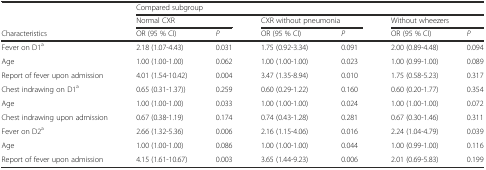
<table><thead><tr><td rowspan="2"></td><td colspan="6"><b>Compared subgroup</b></td></tr><tr><td colspan="2"><b>Normal CXR</b></td><td colspan="2"><b>CXR without pneumonia</b></td><td colspan="2"><b>Without wheezers</b></td></tr><tr><td><b>Characteristics</b></td><td><b>OR (95 % CI)</b></td><td><b><i>P</i></b></td><td><b>OR (95 % CI)</b></td><td><b><i>P</i></b></td><td><b>OR (95 % CI)</b></td><td><b><i>P</i></b></td></tr></thead><tbody><tr><td>Fever on D1<sup>a</sup></td><td>2.18 (1.07-4.43)</td><td>0.031</td><td>1.75 (0.92-3.34)</td><td>0.091</td><td>2.00 (0.89-4.48)</td><td>0.094</td></tr><tr><td>Age</td><td>1.00 (1.00-1.00)</td><td>0.062</td><td>1.00 (1.00-1.00)</td><td>0.023</td><td>1.00 (0.99-1.00)</td><td>0.089</td></tr><tr><td>Report of fever upon admission</td><td>4.01 (1.54-10.42)</td><td>0.004</td><td>3.47 (1.35-8.94)</td><td>0.010</td><td>1.75 (0.58-5.23)</td><td>0.317</td></tr><tr><td>Chest indrawing on D1<sup>a</sup></td><td>0.65 (0.31-1.37))</td><td>0.259</td><td>0.60 (0.29-1.22)</td><td>0.160</td><td>0.60 (0.20-1.77)</td><td>0.354</td></tr><tr><td>Age</td><td>1.00 (1.00-1.00)</td><td>0.033</td><td>1.00 (1.00-1.00)</td><td>0.024</td><td>1.00 (1.00-1.00)</td><td>0.072</td></tr><tr><td>Chest indrawing upon admission</td><td>0.67 (0.38-1.19)</td><td>0.174</td><td>0.74 (0.43-1.28)</td><td>0.281</td><td>0.67 (0.30-1.46)</td><td>0.311</td></tr><tr><td>Fever on D2<sup>a</sup></td><td>2.66 (1.32-5.36)</td><td>0.006</td><td>2.16 (1.15-4.06)</td><td>0.016</td><td>2.24 (1.04-4.79)</td><td>0.039</td></tr><tr><td>Age</td><td>1.00 (1.00-1.00)</td><td>0.086</td><td>1.00 (1.00-1.00)</td><td>0.044</td><td>1.00 (0.99-1.00)</td><td>0.116</td></tr><tr><td>Report of fever upon admission</td><td>4.15 (1.61-10.67)</td><td>0.003</td><td>3.65 (1.44-9.23)</td><td>0.006</td><td>2.01 (0.69-5.83)</td><td>0.199</td></tr></tbody></table>